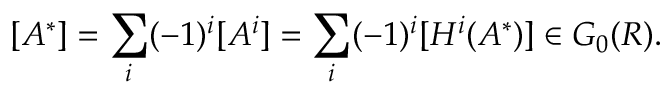
[ A ^ { * } ] = \sum _ { i } ( - 1 ) ^ { i } [ A ^ { i } ] = \sum _ { i } ( - 1 ) ^ { i } [ H ^ { i } ( A ^ { * } ) ] \in G _ { 0 } ( R ) .